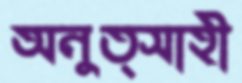
অনুত্সাহী